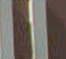
لا